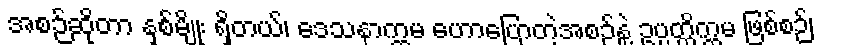
အစဉ်ဆိုတာ နှစ်မျိုး ရှိတယ်၊ ဒေသနာက္ကမ ဟောပြောတဲ့အစဉ်နဲ့ ဥပ္ပတ္တိက္ကမ ဖြစ်စဉ်၊